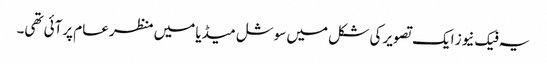
یہ فیک نیوز ایک تصویر کی شکل میں سوشل میڈیا میں منظر عام پرآئی تھی۔